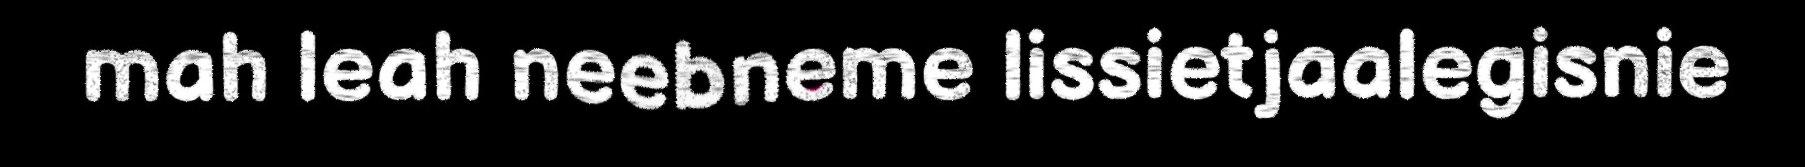
mah leah neebneme lissietjaalegisnie